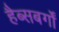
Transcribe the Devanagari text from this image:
हैब्सबर्गों